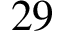
2 9